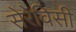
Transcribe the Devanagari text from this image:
सेरेविसी